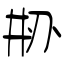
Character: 刱